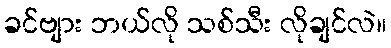
ခင်ဗျား ဘယ်လို သစ်သီး လိုချင်လဲ။